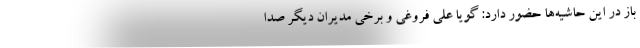
باز در این حاشیه‌ها حضور دارد: گویا علی فروغی و برخی مدیران دیگر صدا